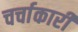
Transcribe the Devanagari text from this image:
चर्चाकारी